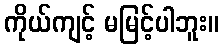
ကိုယ်ကျင့် မမြင့်ပါဘူး။